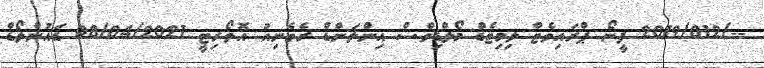
--/2019/012 ފީނޯ ޕްރައިވެޓް ލިމިޓެޑް މޯލްޑިވްސް އިންލަންޑް ރެވެނިއު އޮތޯރިޓީ 08/04/2021 ޑައުންލޯޑް